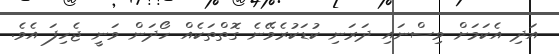
އަދި އެކަމަށް ވިސްނައި ދަރަނި ކުޑަކުރެވޭނެ ގޮތްތަކެއް ހޯދަން ވަނީ ޖެހިފަ އެވެ.